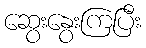
ဆွေးနွေးကြပြီး